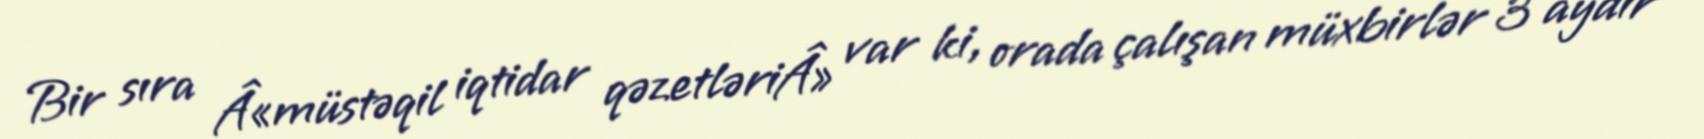
Bir sıra Â«müstəqil iqtidar qəzetləriÂ» var ki, orada çalışan müxbirlər 3 aydır